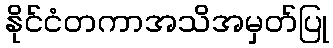
နိုင်ငံတကာအသိအမှတ်ပြု